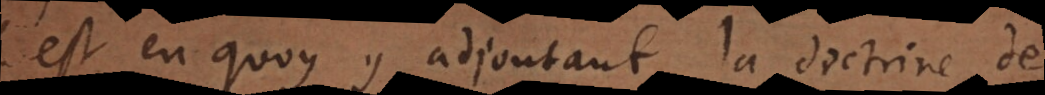
C’est en quoy y adjoutant la doctrine de